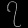
Digit: ၇